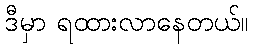
ဒီမှာ ရထားလာနေတယ်။